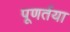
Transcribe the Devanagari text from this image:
पूणर्तया